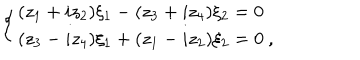
\left\{ \begin{array} { l } { { ( z _ { 1 } + i z _ { 2 } ) \xi _ { 1 } - ( z _ { 3 } + i z _ { 4 } ) \xi _ { 2 } = 0 } } \\ { { ( z _ { 3 } - i z _ { 4 } ) \xi _ { 1 } + ( z _ { 1 } - i z _ { 2 } ) \xi _ { 2 } = 0 ~ , } } \\ \end{array} \right.